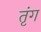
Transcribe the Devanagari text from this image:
तृंग